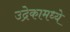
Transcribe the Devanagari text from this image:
उद्रेकामध्ये